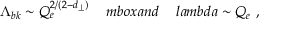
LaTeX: \Lambda _ { b k } \sim Q _ { e } ^ { 2 / ( 2 - d _ { \perp } ) } \ \ \ \, m b o x { a n d } \ \ \ \, l a m b d a \sim Q _ { e } \ ,